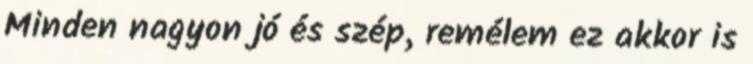
Minden nagyon jó és szép, remélem ez akkor is